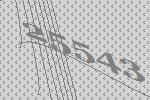
25543